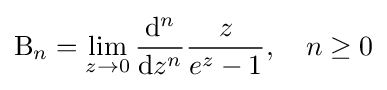
\mathrm {B} _{n}=\lim _{z\to 0}{\frac {\mathrm {d} ^{n}}{\mathrm {d} z^{n}}}{\frac {z}{e^{z}-1}},\quad n\geq 0